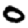
Digit: 0